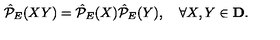
\hat { \cal P } _ { E } ( X Y ) = \hat { \cal P } _ { E } ( X ) \hat { \cal P } _ { E } ( Y ) , \quad \forall X , Y \in { \bf D } .